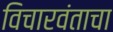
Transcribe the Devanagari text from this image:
विचारवंताचा